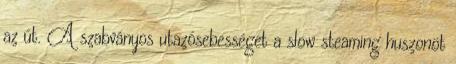
az út. A szabványos utazósebességet a slow steaming huszonöt